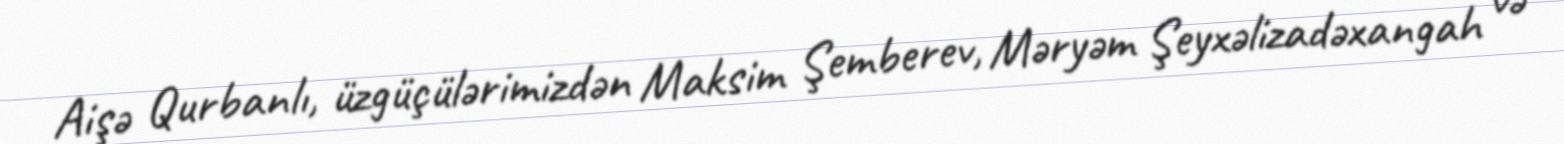
Aişə Qurbanlı, üzgüçülərimizdən Maksim Şemberev, Məryəm Şeyxəlizadəxangah və